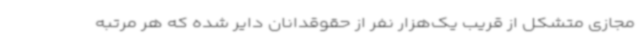
مجازی متشکل از قریب یک‌هزار نفر از حقوقدانان دایر شده که هر مرتبه